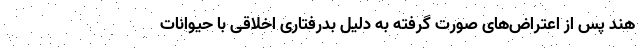
هند پس از اعتراض‌های صورت گرفته به دلیل بدرفتاری اخلاقی با حیوانات